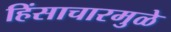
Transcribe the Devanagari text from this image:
हिंसाचारमुळे